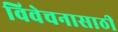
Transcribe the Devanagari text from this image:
विवेचनासाठी